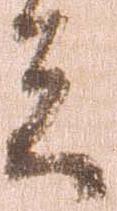
者